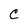
Character: C